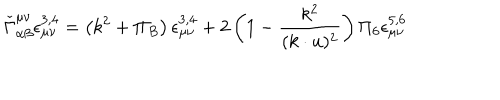
\check { \Gamma } _ { \alpha \beta } ^ { \mu \nu } \epsilon _ { \mu \nu } ^ { 3 , 4 } = \left( k ^ { 2 } + \Pi _ { B } \right) \epsilon _ { \mu \nu } ^ { 3 , 4 } + 2 \left( 1 - \frac { k ^ { 2 } } { ( k \cdot u ) ^ { 2 } } \right) \Pi _ { 6 } \epsilon _ { \mu \nu } ^ { 5 , 6 }